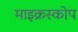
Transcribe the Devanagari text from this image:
माइक्रस्कोप